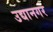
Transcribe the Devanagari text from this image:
उद्यानगर